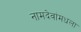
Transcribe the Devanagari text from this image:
नामदेवांमधला